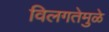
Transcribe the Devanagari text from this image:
विलगतेमुळे